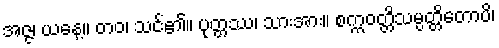
အဇ္ဇ၊ ယနေ့။ တဝ၊ သင်၏။ ပုတ္တဿ၊ သားအား။ စက္ကဝတ္တိသမ္ပတ္တိတောပိ၊